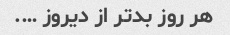
هر روز بدتر از دیروز ….